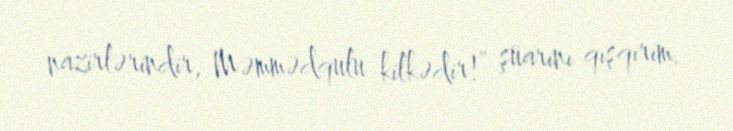
nazirlərindir, Məmmədqulu kilkədir!” şüarını qışqırım.